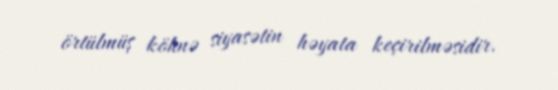
örtülmüş köhnə siyasətin həyata keçirilməsidir.